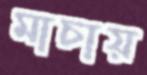
মাচায়